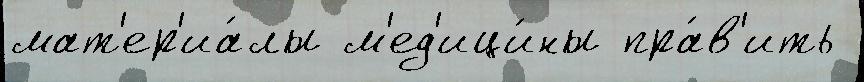
мат'ер'иа́лы м'ед'ици́ны пра́в'ить